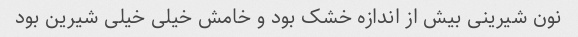
نون شیرینی بیش از اندازه خشک بود و خامش خیلی خیلی شیرین بود